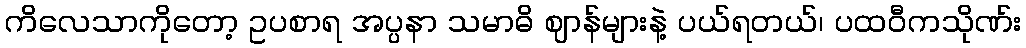
ကိလေသာကိုတော့ ဥပစာရ အပ္ပနာ သမာဓိ ဈာန်များနဲ့ ပယ်ရတယ်၊ ပထဝီကသိုဏ်း